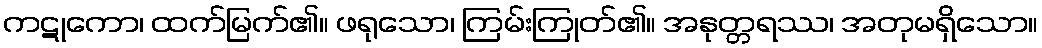
ကဋုကော၊ ထက်မြက်၏။ ဖရုသော၊ ကြမ်းကြုတ်၏။ အနုတ္တရဿ၊ အတုမရှိသော။